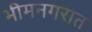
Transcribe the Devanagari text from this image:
भीमनगरात